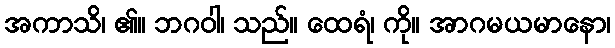
အကာသိ၊ ၏။ ဘဂဝါ၊ သည်။ ထေရံ၊ ကို။ အာဂမယမာနော၊